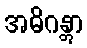
အဓိဂန္တွာ